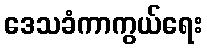
ဒေသခံကာကွယ်ရေး